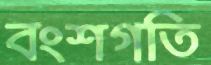
বংশগতি